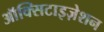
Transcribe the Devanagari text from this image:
ऑक्सिटाइज़ेशन